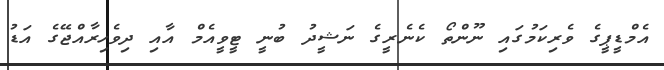
އެމްޑީޕީގެ ވެރިކަމުގައި ނޫންތޯ ކެނެރީގެ ނަޝީދު ބުނީ ޓީވީއެމް އާއި ދިވެހިރާއްޖޭގެ އަޑު